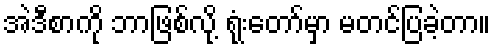
အဲဒီစာကို ဘာဖြစ်လို့ ရုံးတော်မှာ မတင်ပြခဲ့တာ။